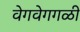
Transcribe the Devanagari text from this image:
वेगवेगगळी